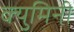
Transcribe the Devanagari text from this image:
क्युमिनी